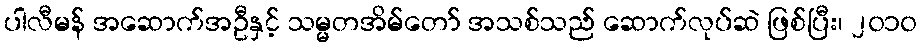
ပါလီမန် အဆောက်အဦနှင့် သမ္မတအိမ်တော် အသစ်သည် ဆောက်လုပ်ဆဲ ဖြစ်ပြီး၊ ၂၀၁၀